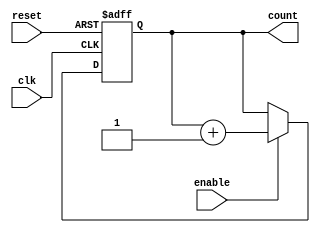
module up_counter_with_enable #(
    parameter N = 4  // Parameter to define the bit width of the counter
)(
    input wire clk,        // Clock signal
    input wire enable,     // Enable signal
    input wire reset,      // Reset signal
    output reg [N-1:0] count // N-bit output count
);

// Always block triggered on the rising edge of the clock or the reset signal
always @(posedge clk or posedge reset) begin
    if (reset) begin
        count <= 0; // Reset the counter to 0
    end else if (enable) begin
        count <= count + 1; // Increment the counter
    end
    // If enable is low, the counter retains its value
end

endmodule